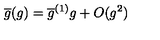
\overline { { g } } ( g ) = \overline { { g } } ^ { ( 1 ) } g + O ( g ^ { 2 } )